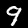
Digit: 9